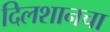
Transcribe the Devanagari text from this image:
दिलशानचा